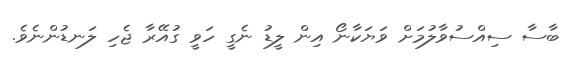
ބާސާ ސިއްސުވާލުމަށް ވަޔަކާނޯ އިން ލީޑު ނެގީ ހަވީ ގުއޭރާ ޖެހި ލަނޑުންނެވެ.